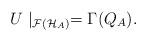
LaTeX: \begin{align*}U\mid_{\mathcal{F}(\mathcal{H}_A)}=\Gamma(Q_A).\end{align*}